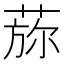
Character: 𦵖